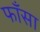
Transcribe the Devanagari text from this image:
फाँसा